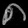
Digit: ၈